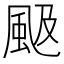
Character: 𩖪